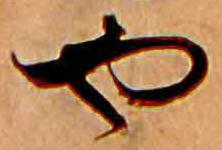
や